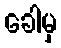
ခေါမှ